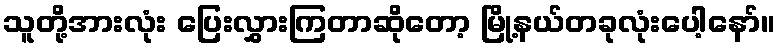
သူတို့အားလုံး ပြေးလွှားကြတာဆိုတော့ မြို့နယ်တခုလုံးပေါ့နော်။